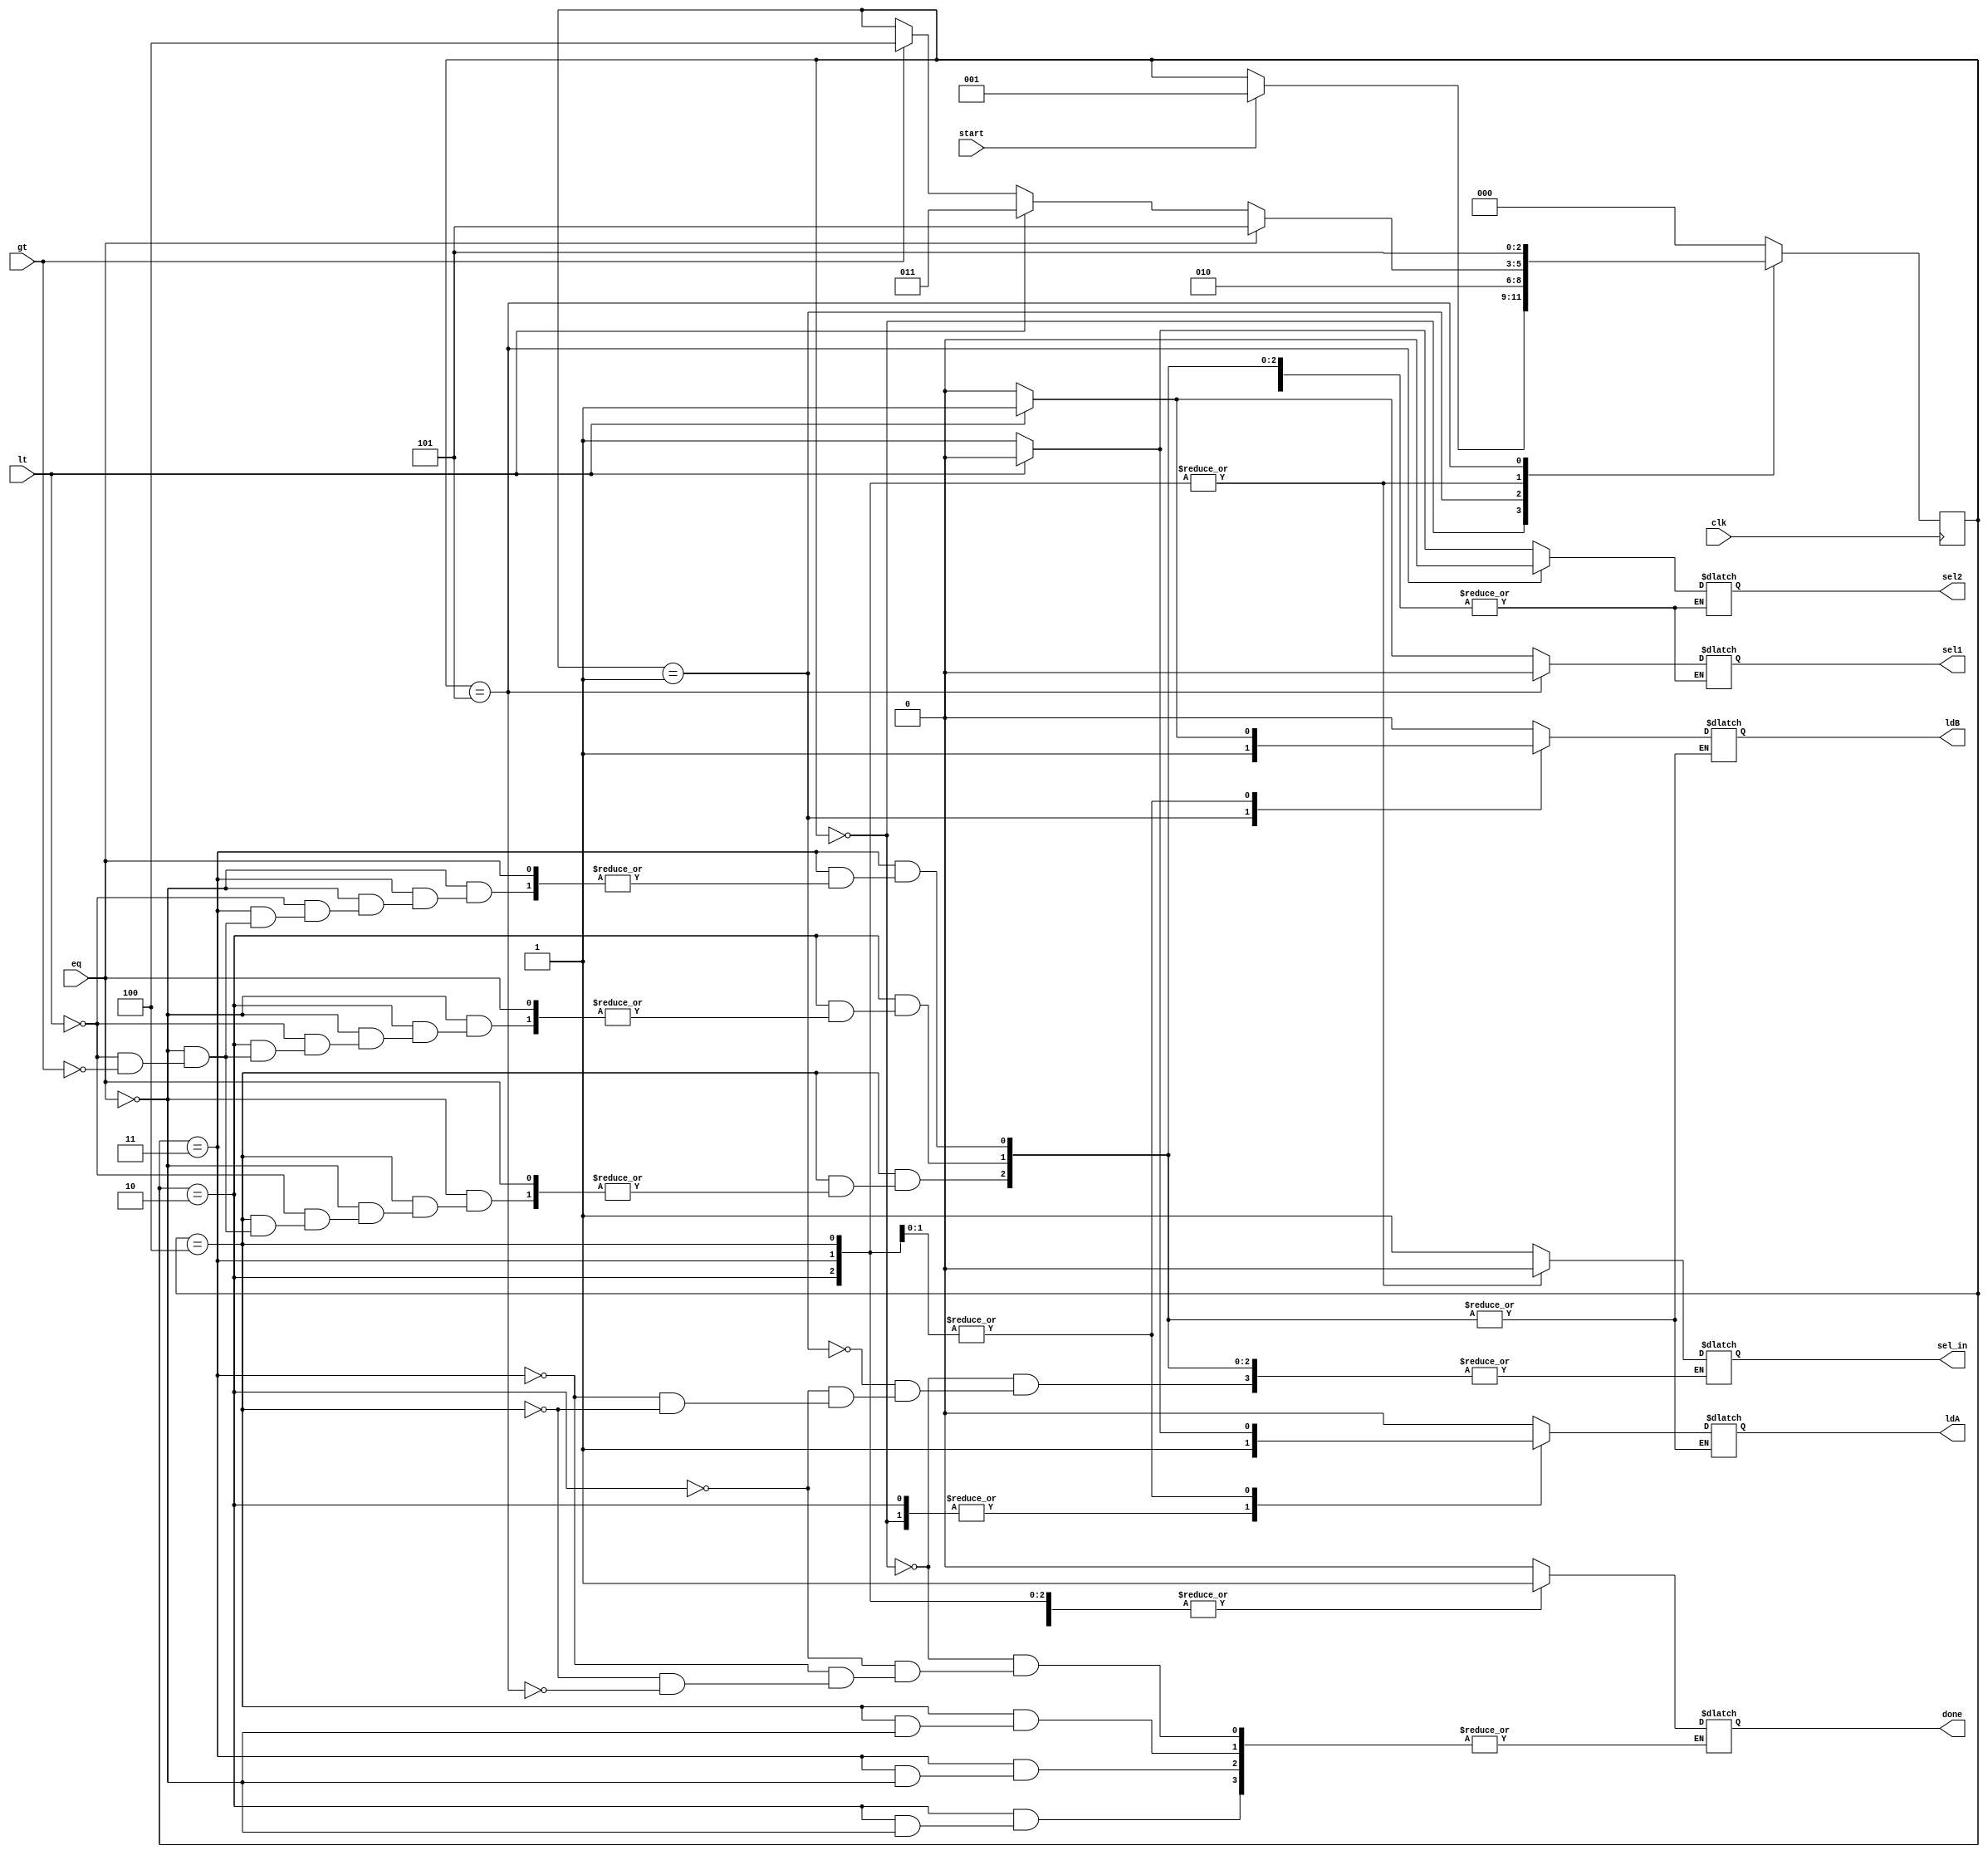
module controller(ldA,ldB,sel1,sel2,sel_in,done,clk,lt,gt,eq,start);
input clk,lt,gt,eq,start;
output reg ldA,ldB,sel1,sel2,sel_in,done;
reg[2:0] state;
parameter s0=3'b000, s1=3'b001, s2=3'b010, s3=3'b011, s4=3'b100, s5=3'b101;
always@(posedge clk)
begin
case (state)
s0: if (start) state<=s1;
s1: state <= s2;
s2: #2 if (eq) state <= s5;
    else if (lt) state <= s3;  
    else if (gt) state <= s4;
s3: #2 if (eq) state <= s5;
    else if (lt) state <= s3;  
    else if (gt) state <= s4;
s4: #2 if (eq) state <= s5;
    else if (lt) state <= s3;  
    else if (gt) state <= s4;
s5: state <= s5;
default: state <= s0;
endcase
end  
always @ (state)
begin
case (state)
s0: begin sel_in=1; ldA=1; ldB=0; done=0;
    end  
s1: begin sel_in=1; ldA=0; ldB=1; end
s2: if (eq) done=1;
    else if (lt) begin
    sel1=1; sel2=0; sel_in=0;
    #1 ldA=1; ldB=0;
    end  
    else if (gt) begin
    sel1=0; sel2=1; sel_in=0;
    #1 ldA=1; ldB=0;
    end 
s3: if (eq) done=1;
    else if (lt) begin
    sel1=1; sel2=0; sel_in=0;
    #1 ldA=0; ldB=1;
    end  
    else if (gt) begin
    sel1=0; sel2=1; sel_in=0;
    #1 ldA=1; ldB=0;
    end 
s4: if (eq) done=1;
    else if (lt) begin
    sel1=1; sel2=0; sel_in=0;
    #1 ldA=0; ldB=1;
    end  
    else if (gt) begin
    sel1=0; sel2=1; sel_in=0;
    #1 ldA=1; ldB=0;
    end 
s5: begin 
     done =1; sel1=0; sel2=0; ldA=0;
      ldB=0;
      end  
default : begin ldA=0; ldB=0; end     
endcase
end          
endmodule